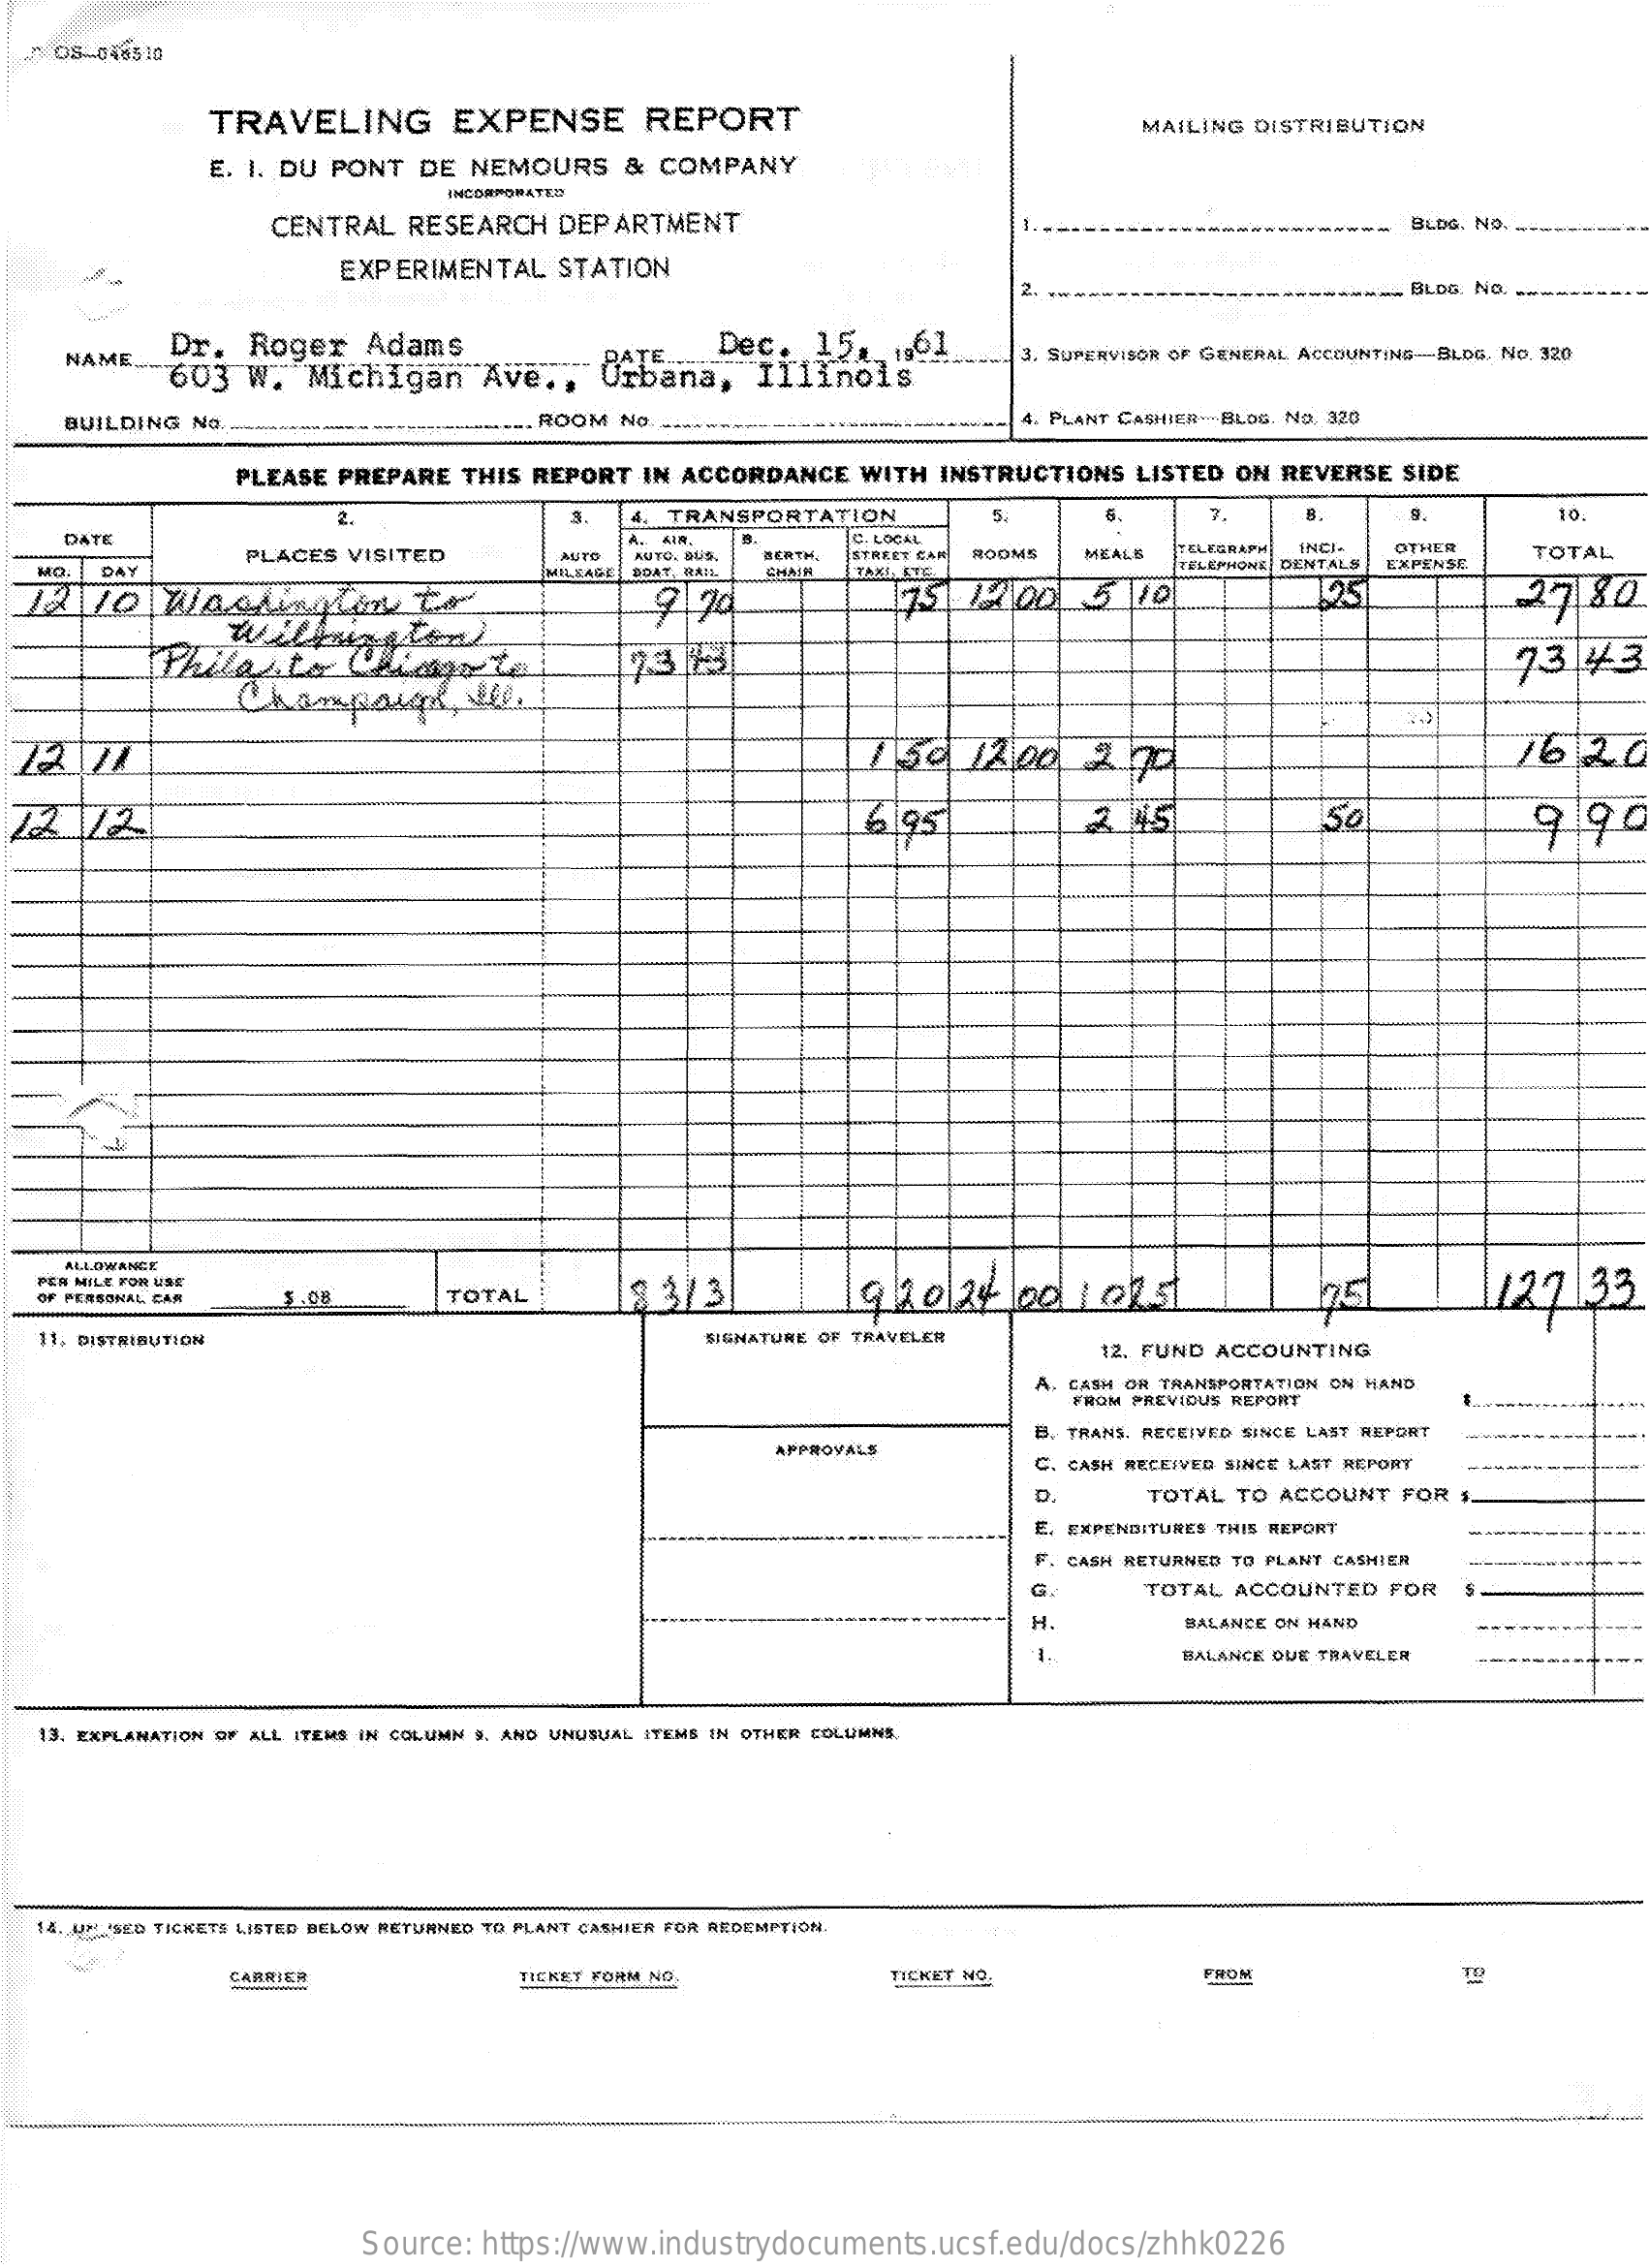
OS-040510
     TRAVELING    EXPENSE    REPORT    MAILING DISTRIBUTION
     E. I. DU PONT DE NEMOURS & COMPANY
     INCORPORATED
     CENTRAL RESEARCH DEPARTMENT    BLOG. No.
     EXPERIMENTAL STATION
     2.    www- BLOG. NO.
    NAME ...
     Dr. Roger  Adams
     603 W.  Michigan  Ave ., - PATE-
     Dec.  15. 1901
     Jrbana, Illinois
     wwww  3, SUPERVISOR OF GENERAL ACCOUNTING-BLDG. No. 320
    BUILDING NO.    ........ ROOM NO.    4. PLANT CASHIER-BLOG. No. 320
     PLEASE PREPARE THIS REPORT IN ACCORDANCE WITH INSTRUCTIONS LISTED ON REVERSE SIDE
     2.    TRANSPORTATION    5.    7.    10.
    DATE    C. LOCAL
     TELEGRAPH INCI- OTHER
  MO. DAY
     PLACES VISITED    MSTO AUTO. BU9.
     BOAT, RAIL
     BERTH. STREET CAN ROOMS MEALS
     MILEAGE    CHAIN TAKI LTE    TELEPHONE DENTALS EXPENSE
     TOTAL
     9 94    75  12 00  5 10    195    27.80
     Willmington
     Phila   to   Marte
     Champail,    He
     73  43
  72 71    1:30 12,00  2  70    16  20
     6.95    3 45    50    9.90
    ALLOWANCE
     127.33
  PER MILE FOR USE
     TOTAL    13/3|    19110  24 00  101.51 OF PERSONAL CAR
  11, DISTRIBUTION    SIGNATURE OF TRAVELER
     12. FUND ACCOUNTING
     A. CASH OR TRANSPORTATION ON HAND
     FROM PREVIOUS REPORT
     APPROVALS
     B. TRANS. RECEIVED SINCE LAST REPORT
     C. CASH RECEIVED SINCE LAST REPORT
     TOTAL TO ACCOUNT FOR
     E. EXPENDITURES THIS REPORT
     F. CASH RETURNED TO PLANT CASHIER
     G.    TOTAL ACCOUNTED FOR
     H.    BALANCE ON HAND
     1    BALANCE DUE TRAVELER
   13. EXPLANATION OF ALL ITEMS IN COLUMN S. AND UNUSUAL ITEMS IN OTHER COLUMNS.
  14. UNUSED TICKETS LISTED BELOW RETURNED TO PLANT CASHIER FOR REDEMPTION.
     CARRIER    TICKET FORM NO.    TICKET NO.    FROM    TO
     Source: https://www.industrydocuments.ucsf.edu/docs/zhhk0226